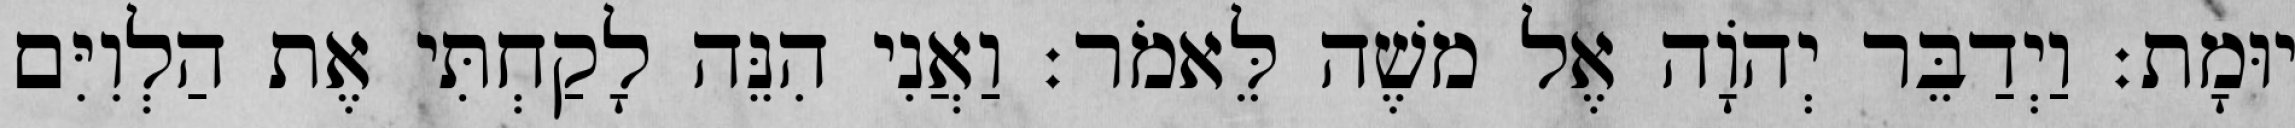
יוּמָת׃ וַיְדַבֵּר יְהוָֹה אֶל משֶׁה לֵּאמֹר׃ וַאֲנִי הִנֵּה לָקַחְתִּי אֶת הַלְוִיִּם